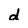
Character: d